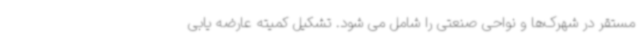
مستقر در شهرک‌ها و نواحی صنعتی را شامل می شود. تشکیل کمیته عارضه یابی